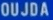
OUJOA